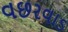
વછરવાડ